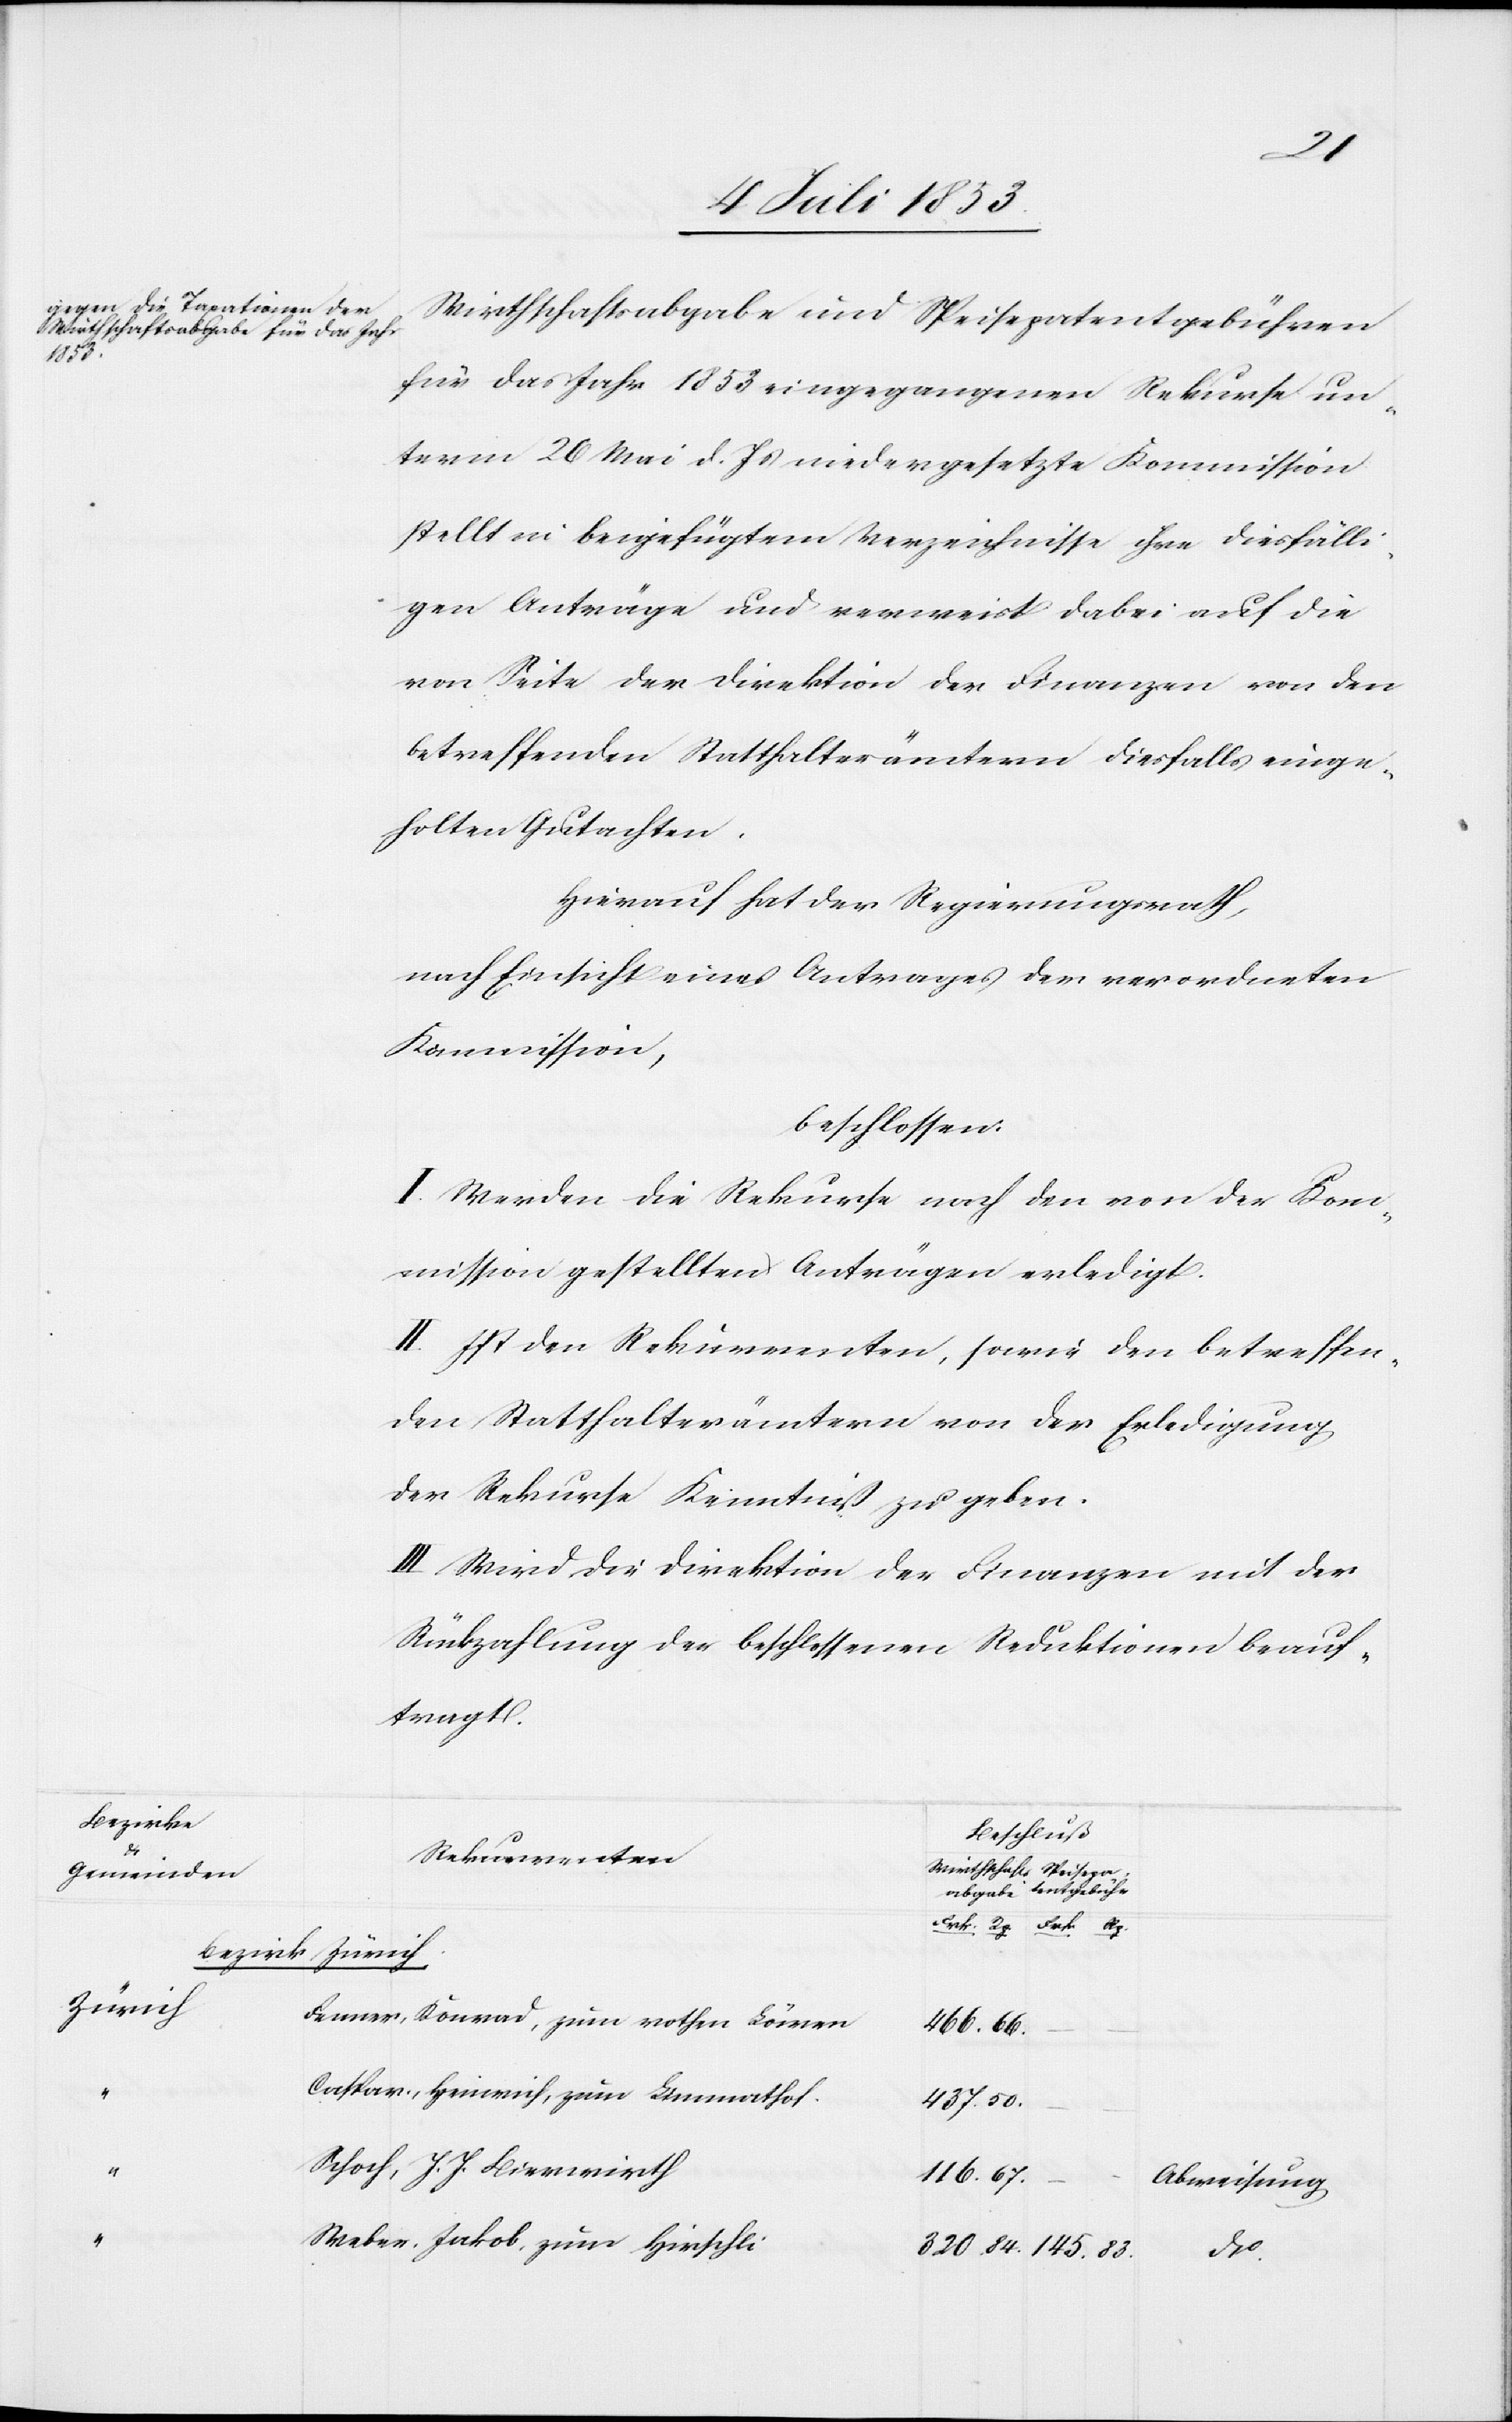
145.83
Bezirke
Gemeinden
Bezirk
Zürich

Rp.
Wirthschaftsabgabe und Speisepatentgebühren
für das Jahr 1853 eingegangenen Rekurse un¬
term 26 Mai d. Js. niedergesetzte Kommission
stellt in beigefügtem Verzeichnisse ihre diesfälli¬
gen Anträge und verweist dabei auf die
von Seite der Direktion der Finanzen von den
betreffenden Statthalterämtern diesfalls einge¬
holten Gutachten.
Hierauf hat der Regierungsrath,
nach Einsicht eines Antrages der verordneten
Kommission,
beschlossen:
I. Werden die Rekurse nach den von der Kom¬
mission gestellten Anträgen erledigt.
II. Ist den Rekurrenten, sowie den betreffen¬
den Statthalterämtern von der Erledigung
der Rekurse Kenntniß zu geben.
III. Wird die Direktion der Finanzen mit der
Rückzahlung der beschlossenen Reduktionen beauf¬
tragt.
Beschluß
Rekurrenten
Fenner, Konrad, zum rothen Löwen
466.66
Caspar, Heinrich, zum Limmathof.
437.50
Schoch, J. J. Bierwirth
116.67
Abweisung
Weber, Jakob, zum Hirschli
dto.